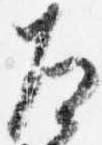
左